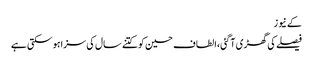
کے نیوز
فیصلے کی گھڑی آگئی،الطاف حسین کوکتنے سال کی سزاہوسکتی ہے